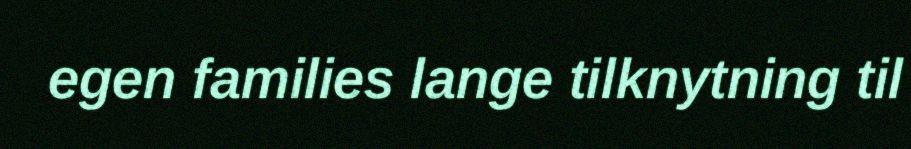
egen families lange tilknytning til